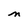
Character: m